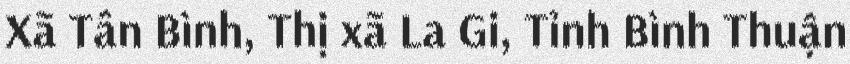
Xã Tân Bình, Thị xã La Gi, Tỉnh Bình Thuận